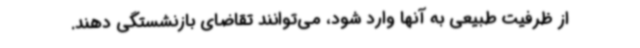
از ظرفیت طبیعی به آنها وارد شود، می‌توانند تقاضای بازنشستگی دهند.